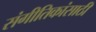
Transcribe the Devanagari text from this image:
संगीतिकांसाठी